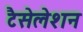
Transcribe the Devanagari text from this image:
टैसेलेशन